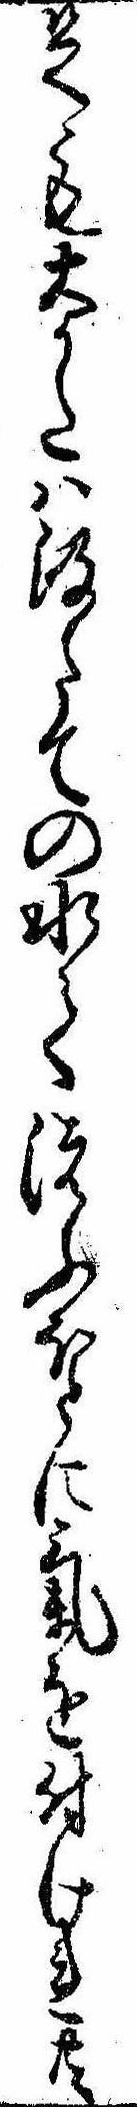
足も大かたは汲たての水て洗ふほとに気を付けれ共